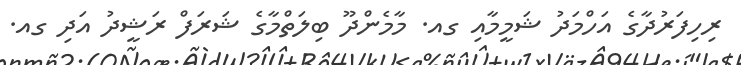
ރިހިފަރުދާގެ އަހްމަދު ޝަމީމާއި ގއ. މާމެންދޫ ބިލަތްމާގެ ޝަރަފް ރަޝީދު އަދި ގއ.